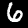
Label: 6